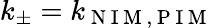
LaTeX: k_{\pm}=k_{\mathrm{~N~I~M~,~P~I~M~}}